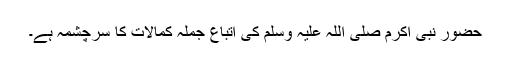
حضور نبی اکرم صلی اللہ علیہ وسلم کی اتباع جملہ کمالات کا سرچشمہ ہے۔